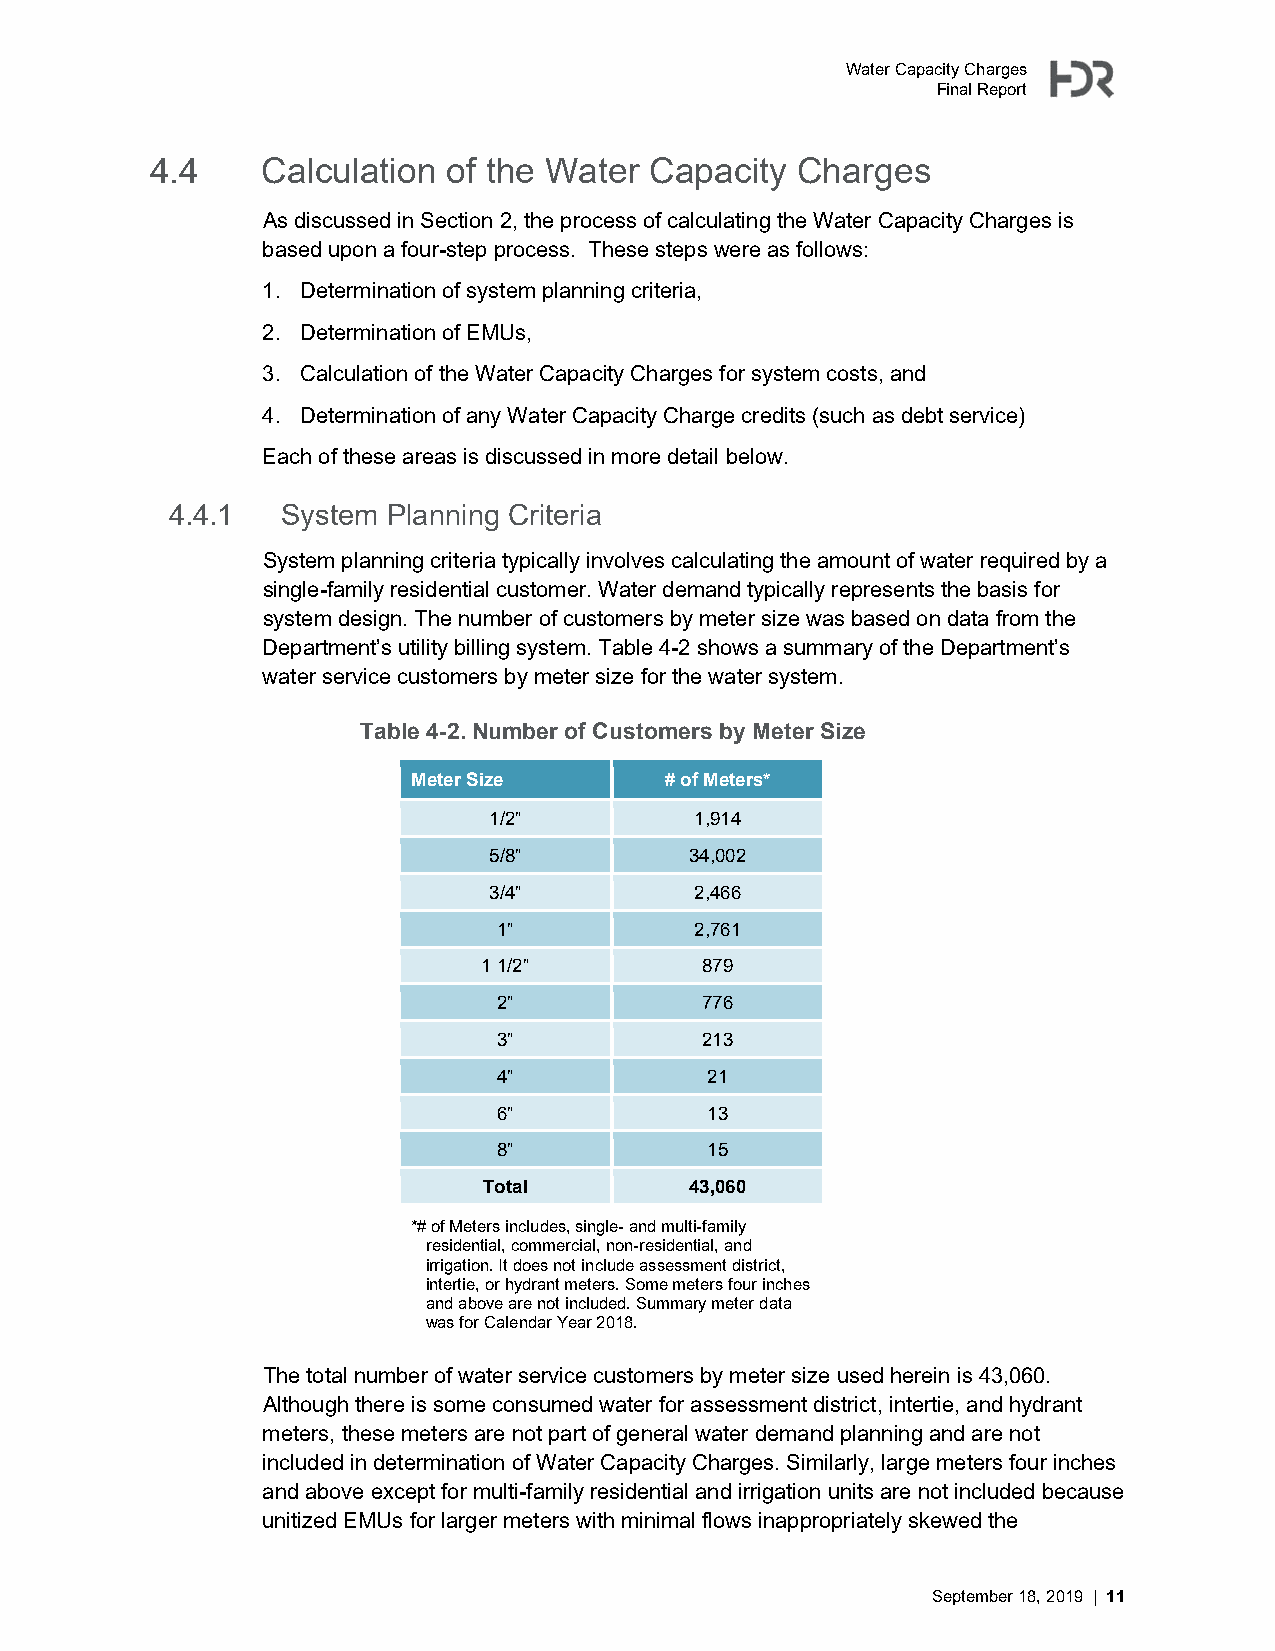
Water Capacity Charges
 Final Report
 4.4    Calculation  of the Water Capacity  Charges
 As discussed in Section 2, the process of calculating the Water Capacity Charges is
 based upon a four-step process. These steps were as follows:
 1. Determination of system planning criteria,
 2. Determination of EMUs,
 3. Calculation of the Water Capacity Charges for system costs, and
 4. Determination of any Water Capacity Charge credits (such as debt service)
 Each of these areas is discussed in more detail below.
 4.4.1   System Planning Criteria
 System planning criteria typically involves calculating the amount of water required by a
 single-family residential customer. Water demand typically represents the basis for
 system design. The number of customers by meter size was based on data from the
 Department’s utility billing system. Table 4-2 shows a summary of the Department’s
 water service customers by meter size for the water system.
 Table 4-2. Number of Customers by Meter Size
 Meter Size       # of Meters*
 1/2”          1,914
 5/8”          34,002
 3/4”          2,466
 1”           2,761
 1 1/2”        879
 2”           776
 3”           213
 4”            21
 6”            13
 8”            15
 Total         43,060
 *# of Meters includes, single- and multi-family
 residential, commercial, non-residential, and
 irrigation. It does not include assessment district,
 intertie, or hydrant meters. Some meters four inches
 and above are not included. Summary meter data
 was for Calendar Year 2018.
 The total number of water service customers by meter size used herein is 43,060.
 Although there is some consumed water for assessment district, intertie, and hydrant
 meters, these meters are not part of general water demand planning and are not
 included in determination of Water Capacity Charges. Similarly, large meters four inches
 and above except for multi-family residential and irrigation units are not included because
 unitized EMUs for larger meters with minimal flows inappropriately skewed the
 September 18, 2019 | 11